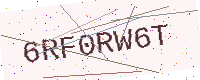
Text: 6RF0RW6T